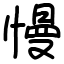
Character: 慢